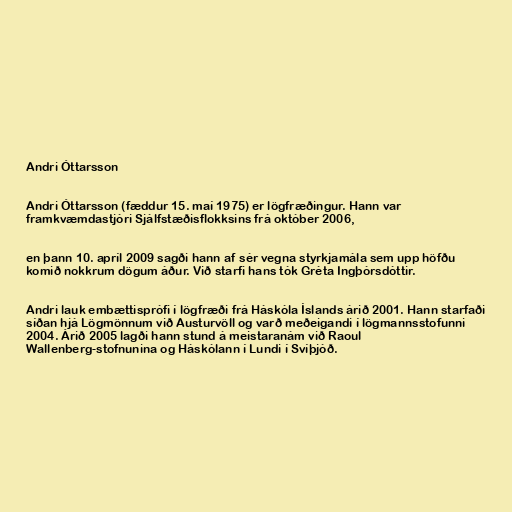
Andri Óttarsson

Andri Óttarsson (fæddur 15. maí 1975) er lögfræðingur. Hann var
framkvæmdastjóri Sjálfstæðisflokksins frá október 2006,

en þann 10. apríl 2009 sagði hann af sér vegna styrkjamála sem upp höfðu
komið nokkrum dögum áður. Við starfi hans tók Gréta Ingþórsdóttir.

Andri lauk embættisprófi í lögfræði frá Háskóla Íslands árið 2001. Hann starfaði
síðan hjá Lögmönnum við Austurvöll og varð meðeigandi í lögmannsstofunni
2004. Árið 2005 lagði hann stund á meistaranám við Raoul
Wallenberg-stofnunina og Háskólann í Lundi í Svíþjóð.